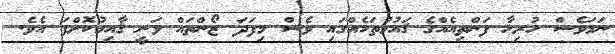
ނަމަވެސް ހުރިހާ ފަންތިއެއްގެ ޤައުމުތަކެއްގައި ވެސް މިފަދަ ޒޯންތައް ވަނީ ޤާއިމުކޮށްފަ އެވެ.